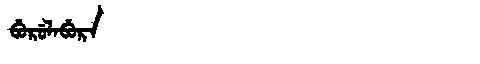
Manchu: ᠪᡠᡵᡠᠯᠠᠪᡠᡵᠠ
Romanization: BURULABURA